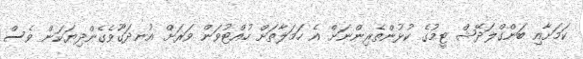
ކަމަށާއި ބަންގްލަދޭޝް ޓީމުގެ ކުޅުންތެރިންނަށް އެ ހަމަލާތަށް ހުއްޓުވަން ވަރަށް އުނދަގޫވެގެންދިޔަކަން ވެސް